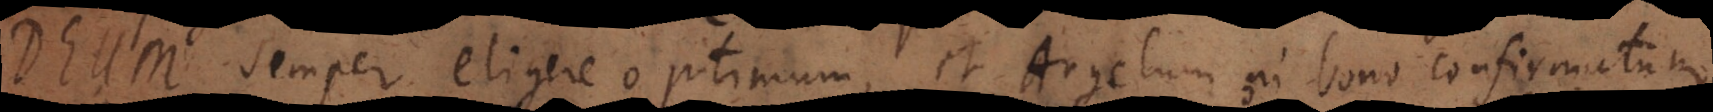
Deum semper eligere optimum, et Angelum in bono confirmatum